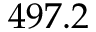
4 9 7 . 2